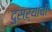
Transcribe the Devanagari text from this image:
दुसऱ्यांची